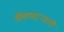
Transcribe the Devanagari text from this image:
शेकणार्‍यांनी